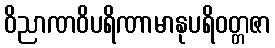
ဝိညာဏဝိပရိဏာမာနုပရိဝတ္တဇာ